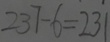
2 3 7 - 6 = 2 3 1